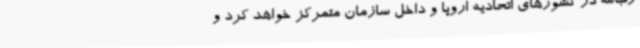
زب‌الله در کشورهای اتحادیه اروپا و داخل سازمان متمرکز خواهد کرد و